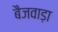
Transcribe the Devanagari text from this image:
बैजवाड़ा